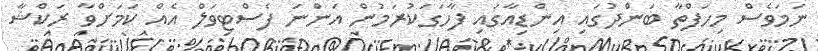
ނަމަވެސް މިހަފްތާ ބަންދުގައި އިންޑިއާގައި ފާހަގަކުރަމުން އަންނަ ފެސްޓިވަލް އެއް ކަމަށްވާ ރަކްޝާ